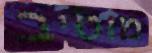
מוטיב